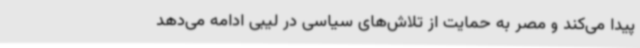
پیدا می‌کند و مصر به حمایت از تلاش‌های سیاسی در لیبی ادامه می‌دهد